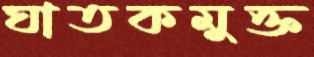
ঘাতকমুক্ত